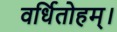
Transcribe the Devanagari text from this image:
वर्धितोहम्।